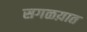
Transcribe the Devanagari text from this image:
सगळय़ात